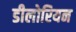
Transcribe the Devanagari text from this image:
डीलोरियन